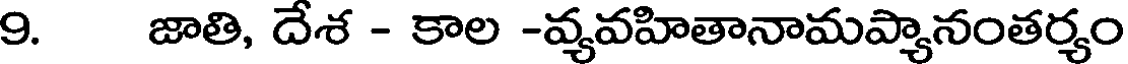
9. జాతి, దేశ - కాల -వ్యవహితానామప్యానంతర్యం